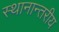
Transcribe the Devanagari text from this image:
स्थानान्तरीय